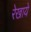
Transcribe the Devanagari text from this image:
रेखाये